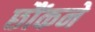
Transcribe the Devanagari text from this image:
छौंकने